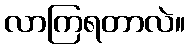
လာကြရတာလဲ။